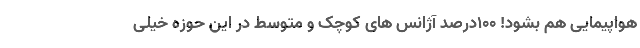
هواپیمایی هم بشود! ۱۰۰درصد آژانس های کوچک و متوسط در این حوزه خیلی